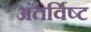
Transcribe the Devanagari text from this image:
अंतर्विष्‍ट